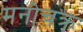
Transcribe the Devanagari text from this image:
मनोचक्र